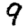
Digit: 9